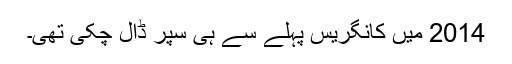
2014 میں کانگریس پہلے سے ہی سپر ڈال چکی تھی۔